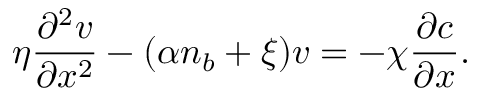
\eta \frac { \partial ^ { 2 } v } { \partial x ^ { 2 } } - ( \alpha n _ { b } + \xi ) v = - \chi \frac { \partial c } { \partial x } .